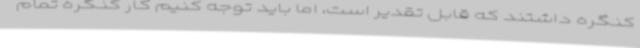
کنگره داشتند که قابل تقدیر است، اما باید توجه کنیم کار کنگره تمام